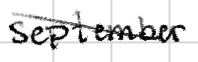
Text: September
Cross-out: diagonal
Writing tool: digital_black